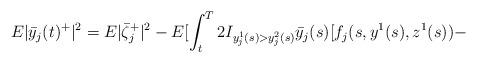
LaTeX: \begin{align*}E|\bar y_j(t)^+|^2= E|\bar\zeta_j^+|^2-E[\int_t^T2I_{y_j^1(s)>y^2_j(s)}\bar y_j(s)[f_j(s,y^1(s),z^1(s))-\end{align*}